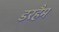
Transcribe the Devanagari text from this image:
डरहैम